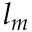
l _ { m }